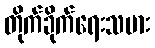
တိုက်ခိုက်ရေးသမား